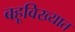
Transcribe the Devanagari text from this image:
बहूविख्यात